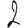
Digit: 2